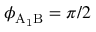
\phi _ { \mathrm { A _ { 1 } B } } = \pi / 2